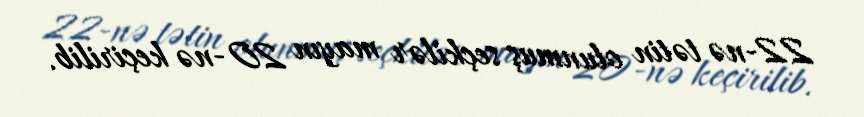
22-nə tətin olunmuş seçkilər mayın 20-nə keçirilib.